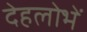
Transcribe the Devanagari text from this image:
देहलोभें